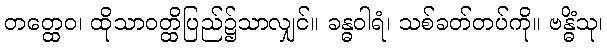
တတ္ထေဝ၊ ထိုသာဝတ္ထိပြည်၌သာလျှင်။ ခန္ဓဝါရံ၊ သစ်ခတ်တပ်ကို။ ဗန္ဓိံသု၊